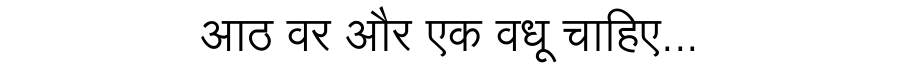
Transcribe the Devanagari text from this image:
आठ वर और एक वधू चाहिए...